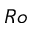
R o